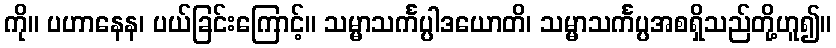
ကို။ ပဟာနေန၊ ပယ်ခြင်းကြောင့်။ သမ္မာသင်္ကပ္ပါဒယောတိ၊ သမ္မာသင်္ကပ္ပအစရှိသည်တို့ဟူ၍။